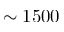
\sim 1 5 0 0